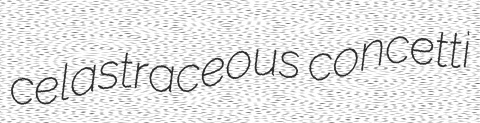
celastraceous concetti